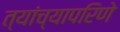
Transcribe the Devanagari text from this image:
त्यांच्यापरिणे